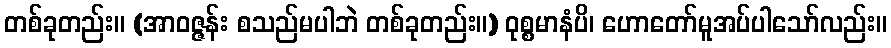
တစ်ခုတည်း။ (အာဝဇ္ဇန်း စသည်မပါဘဲ တစ်ခုတည်း။) ဝုစ္စမာနံပိ၊ ဟောတော်မူအပ်ပါသော်လည်း။